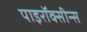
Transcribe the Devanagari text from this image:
पाइरॉक्सीन्स